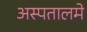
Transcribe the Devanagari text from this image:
अस्पतालमे